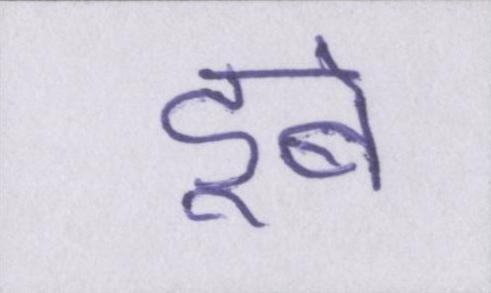
डूबे